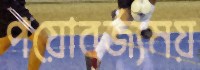
পয়োবর্জ্যময়